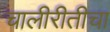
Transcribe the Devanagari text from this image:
चालीरीतीचा